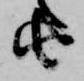
由